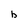
Character: b